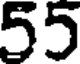
55